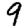
Digit: 9